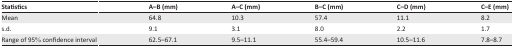
<table><thead><tr><td><b>Statistics</b></td><td><b>A–B (mm)</b></td><td><b>A–C (mm)</b></td><td><b>B–C (mm)</b></td><td><b>C–D (mm)</b></td><td><b>C–E (mm)</b></td></tr></thead><tbody><tr><td>Mean</td><td>64.8</td><td>10.3</td><td>57.4</td><td>11.1</td><td>8.2</td></tr><tr><td>s.d.</td><td>9.1</td><td>3.1</td><td>8.0</td><td>2.2</td><td>1.7</td></tr><tr><td>Range of 95% confidence interval</td><td>62.5–67.1</td><td>9.5–11.1</td><td>55.4–59.4</td><td>10.5–11.6</td><td>7.8–8.7</td></tr></tbody></table>